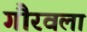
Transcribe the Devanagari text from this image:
गौरवला